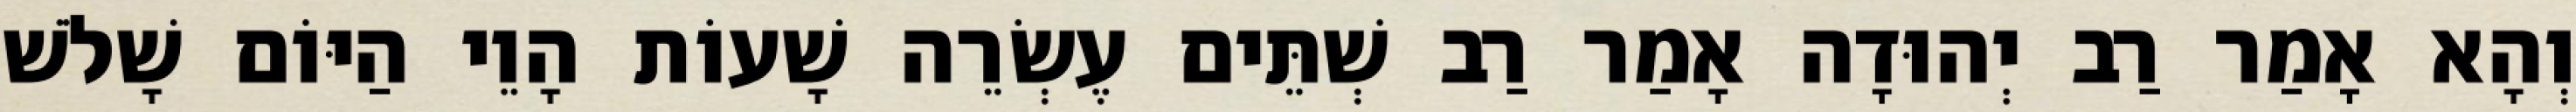
וְהָא אָמַר רַב יְהוּדָה אָמַר רַב שְׁתֵּים עֶשְׂרֵה שָׁעוֹת הָוֵי הַיּוֹם שָׁלֹשׁ